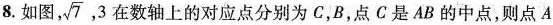
8.如图,\sqrt{7},3在数轴上的对应点分别为C，B，点C是AB的中点，则点A